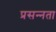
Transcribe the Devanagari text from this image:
प्रसन्‍नता